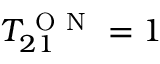
T _ { 2 1 } ^ { \mathrm { ~ O ~ N ~ } } = 1